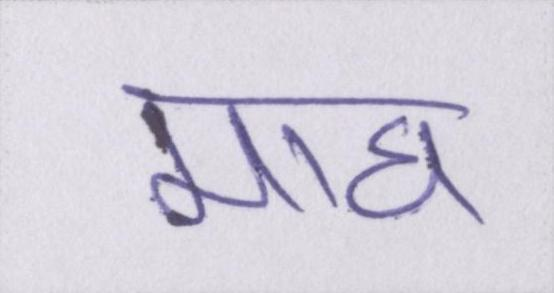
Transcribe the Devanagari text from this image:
माघ